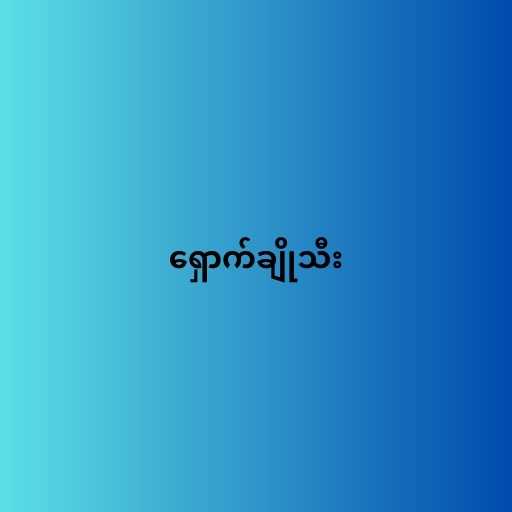
ရှောက်ချိုသီး